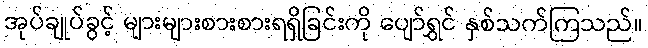
အုပ်ချုပ်ခွင့် များများစားစားရရှိခြင်းကို ပျော်ရွှင် နှစ်သက်ကြသည်။